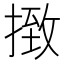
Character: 㨖